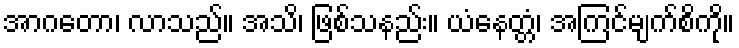
အာဂတော၊ လာသည်။ အသိ၊ ဖြစ်သနည်း။ ယံနေတ္တံ၊ အကြင်မျက်စိကို။